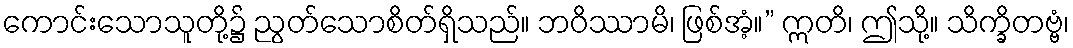
ကောင်းသောသူတို့၌ ညွတ်သောစိတ်ရှိသည်။ ဘဝိဿာမိ၊ ဖြစ်အံ့။” ဣတိ၊ ဤသို့။ သိက္ခိတဗ္ဗံ၊